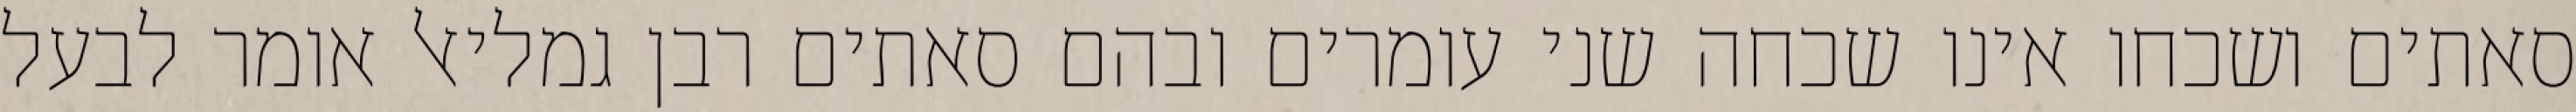
סאתים ושכחו אינו שכחה שני עומרים ובהם סאתים רבן גמליאל אומר לבעל